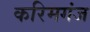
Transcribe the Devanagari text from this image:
करिमगंज